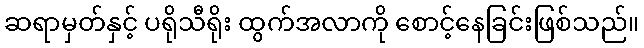
ဆရာမှတ်နှင့် ပရိုသီရိုး ထွက်အလာကို စောင့်နေခြင်းဖြစ်သည်။